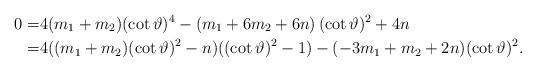
LaTeX: \begin{align*}0=&4(m_{1}+m_{2})(\cot \vartheta)^{4}-\left( m_{1}+6m_{2}+6n \right)(\cot \vartheta)^{2}+4n\\=&4((m_{1}+m_{2})(\cot \vartheta)^{2}-n)((\cot \vartheta)^{2}-1)-(-3m_{1}+m_{2}+2n)(\cot \vartheta)^{2}.\end{align*}